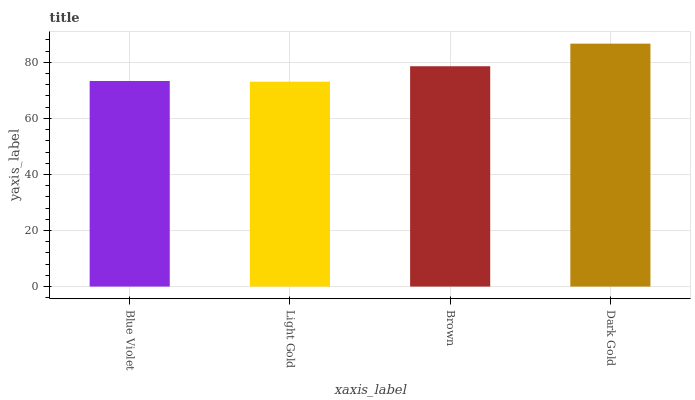
| xaxis_label | bars |
 | --- | --- |
 | Blue Violet | 73.4 |
 | Light Gold | 73.1 |
 | Brown | 78.6 |
 | Dark Gold | 86.7 |